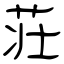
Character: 荘